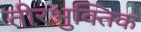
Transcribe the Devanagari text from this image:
तीरभुक्‍तिक